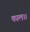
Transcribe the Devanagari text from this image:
काल।।